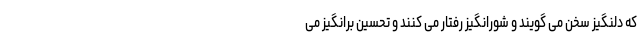
که دلنگیز سخن می گویند و شورانگیز رفتار می کنند و تحسین برانگیز می